65_HS1-834228961_62-HQ-83894_Section_8
Agency: FBI
Page 110
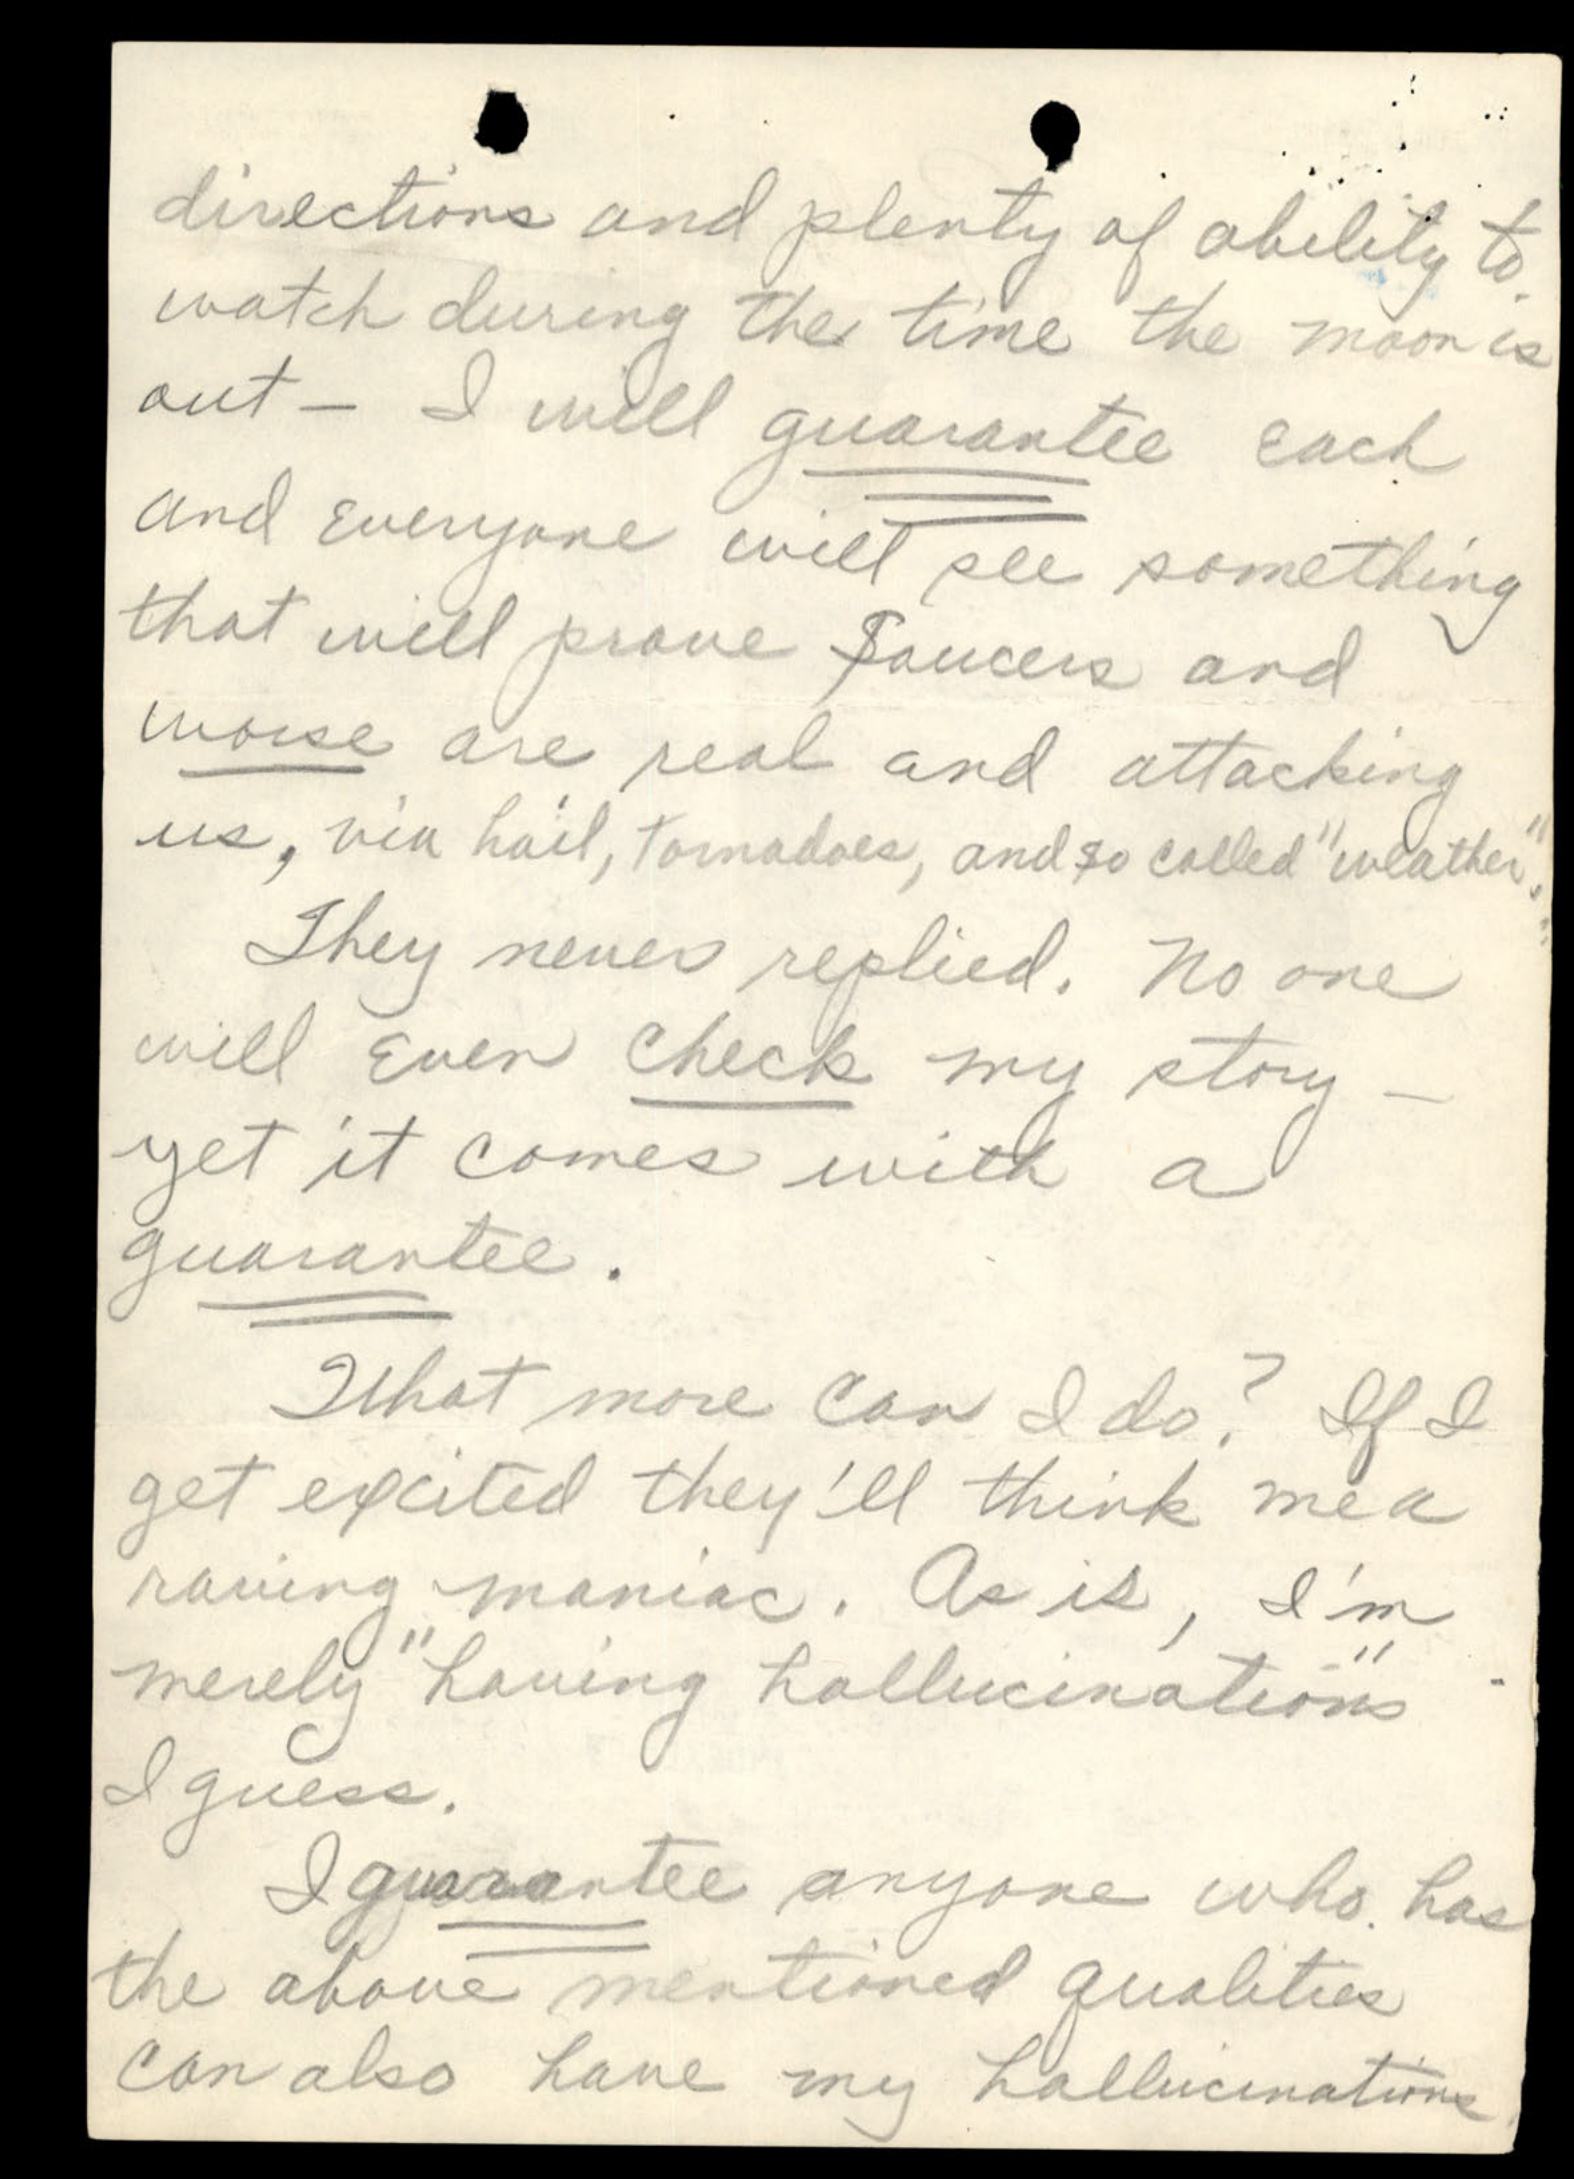